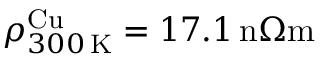
\rho _ { 3 0 0 \, \mathrm { K } } ^ { \mathrm { C u } } = 1 7 . 1 \, \mathrm { n } \Omega \mathrm { m }